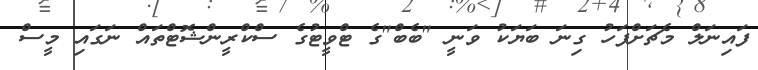
ފައިނަލް މެޗަށްފަހު ގިނަ ބަޔަކު ވަނީ "ބެބް"ގެ ޓްވީޓުގެ ސްކްރީންޝޮޓްތައް ނަގައި މީސް